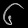
Digit: ၆